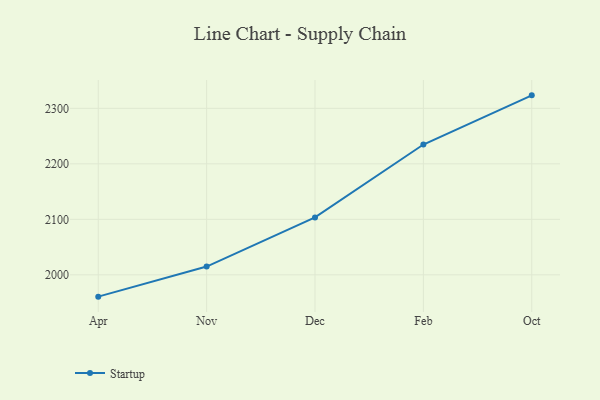
{"axis": {"x": "Month", "y": "Shipments"}, "legend": ["Startup"], "data": [{"x": "Apr", "y": 1960.7, "type": "Startup"}, {"x": "Nov", "y": 2014.9, "type": "Startup"}, {"x": "Dec", "y": 2103.5, "type": "Startup"}, {"x": "Feb", "y": 2234.8, "type": "Startup"}, {"x": "Oct", "y": 2323.4, "type": "Startup"}]}